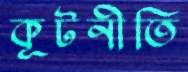
কূটনীতি